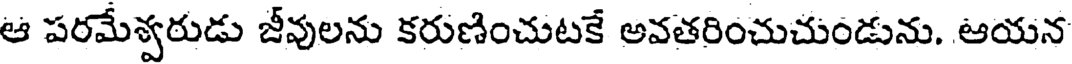
ఆ పరమేశ్వరుడు జీవులను కరుణించుటకే అవతరించుచుండును. ఆయన